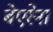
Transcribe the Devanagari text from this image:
बेएरेना